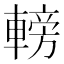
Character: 𨍩